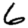
Digit: 6